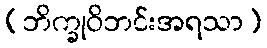
(ဘိက္ခုဝိဘင်းအရသာ)